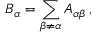
B _ { \alpha } = \sum _ { \beta \neq \alpha } A _ { \alpha \beta } \, ,